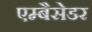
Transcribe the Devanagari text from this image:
एम्बैसेडर